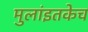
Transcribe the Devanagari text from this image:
मुलांइतकेच